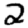
Digit: 2